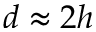
d \approx 2 h